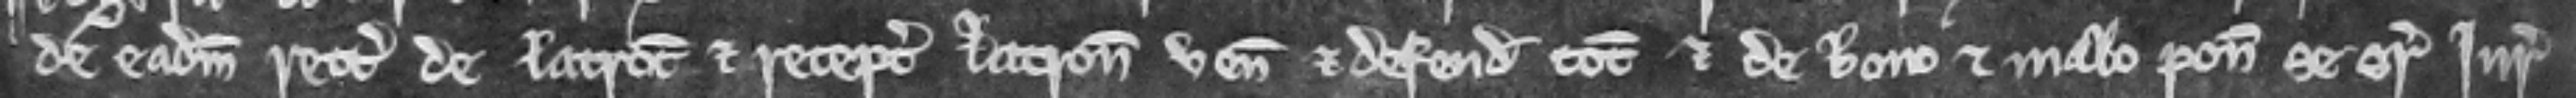
de eadem rettati de latrocinio et receptamento latronum veniunt et defendunt totum et de bono et malo ponunt se super juratores